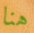
هنا